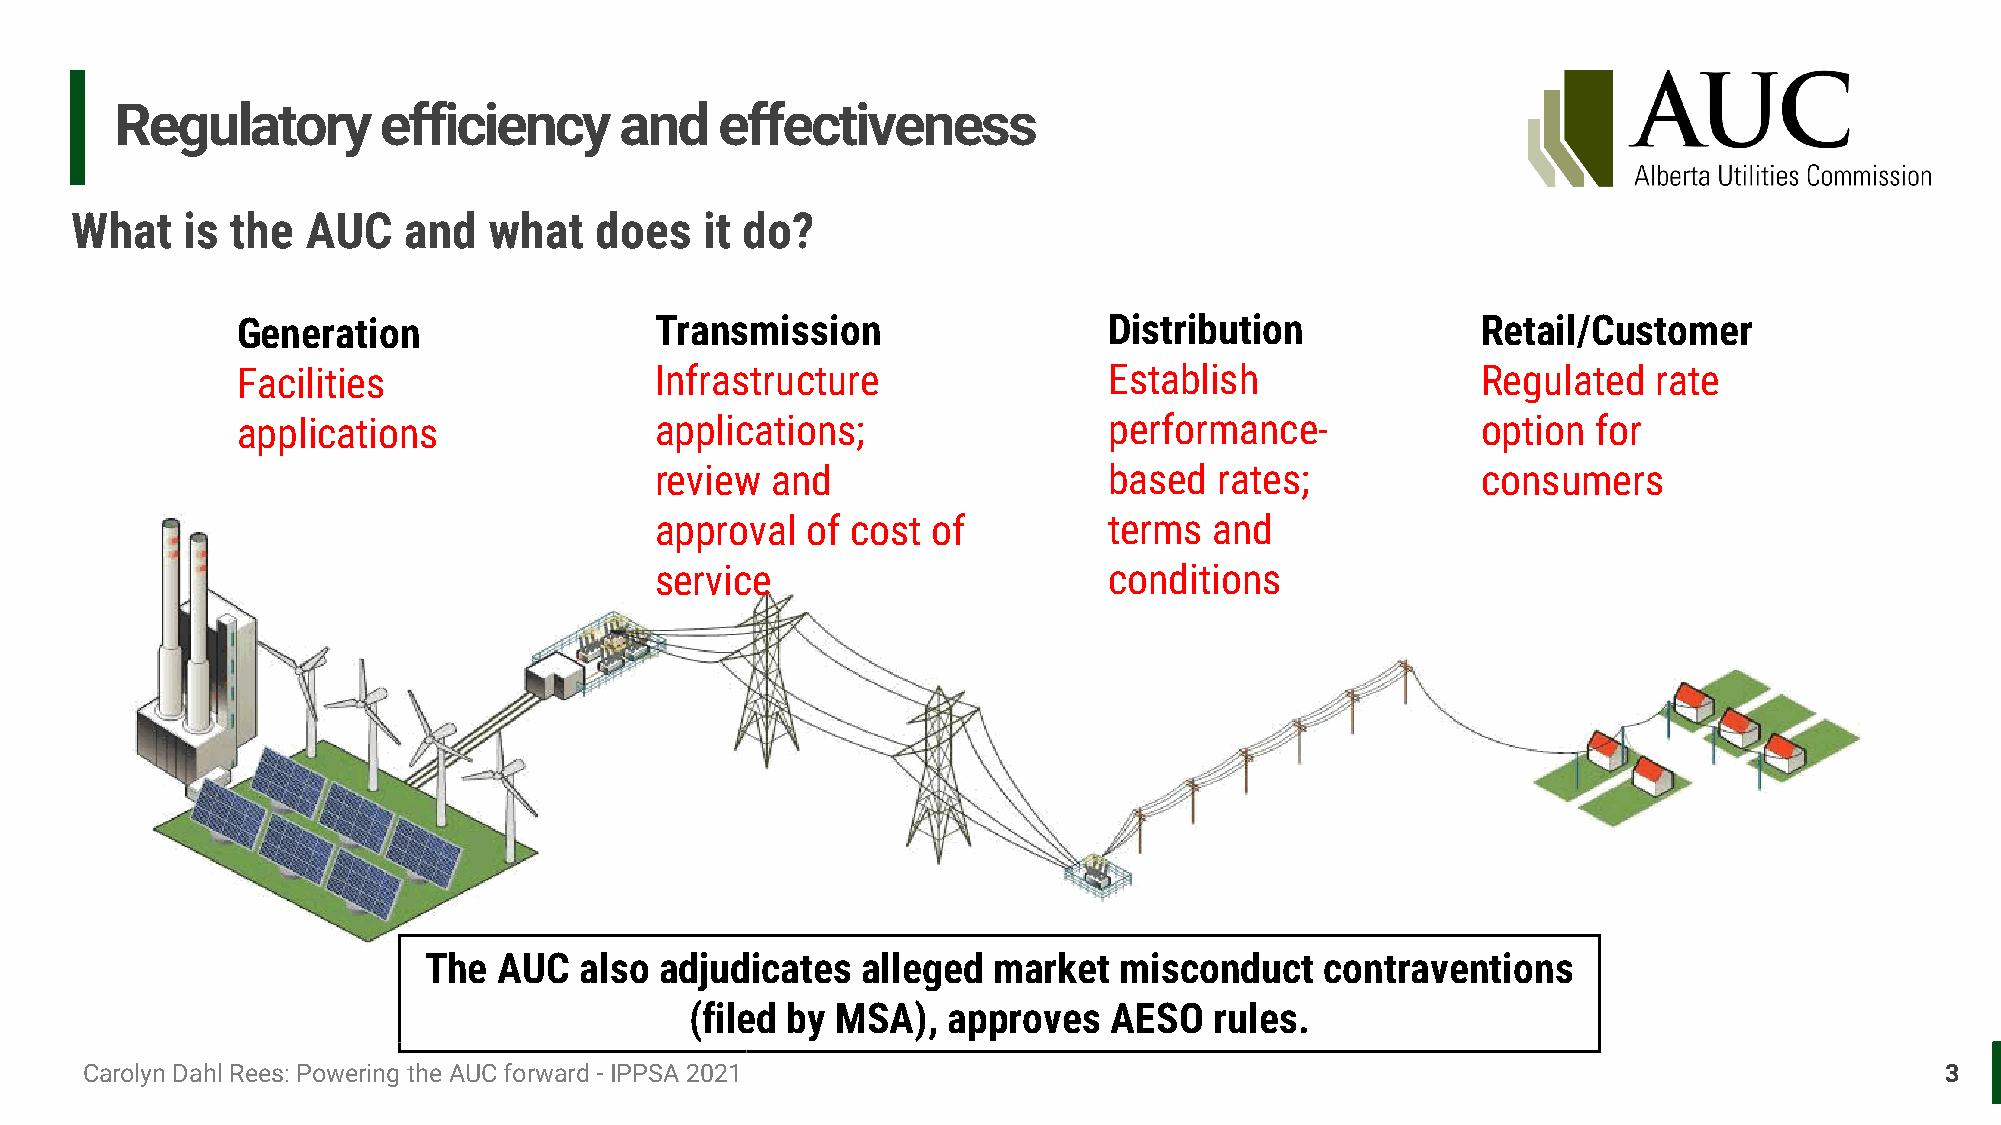
Regulatory       efficiency      and    effectiveness
 What   is the  AUC    and  what   does    it do?
 Generation                 Transmission                  Distribution             Retail/Customer
 Facilities                 Infrastructure                Establish                Regulated   rate
 applications               applications;                 performance-             option  for
 review  and                   based   rates;           consumers
 approval  of cost  of         terms  and
 service                       conditions
 The  AUC  also  adjudicates  alleged  market  misconduct    contraventions
 (filed by MSA),  approves   AESO  rules.
 Carolyn Dahl Rees: Powering the AUC forward - IPPSA 2021                                                                    3